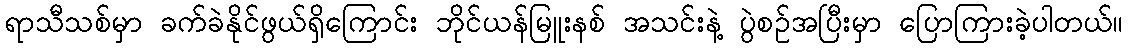
ရာသီသစ်မှာ ခက်ခဲနိုင်ဖွယ်ရှိကြောင်း ဘိုင်ယန်မြူးနစ် အသင်းနဲ့ ပွဲစဉ်အပြီးမှာ ပြောကြားခဲ့ပါတယ်။